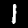
Label: 1